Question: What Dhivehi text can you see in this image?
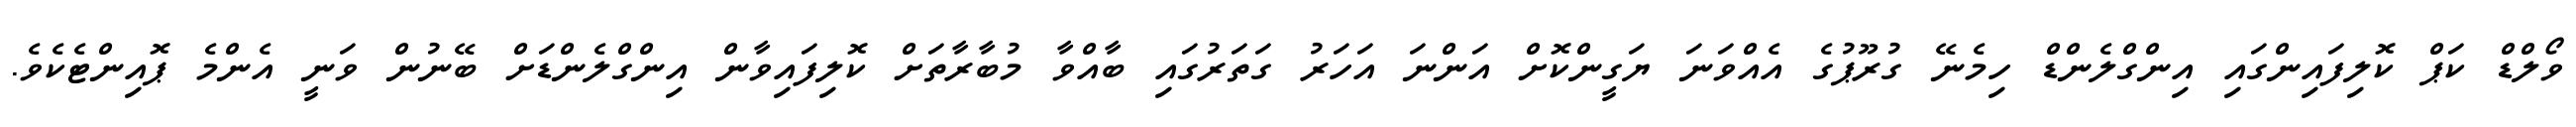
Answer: ވޯލްޑް ކަޕް ކޮލިފައިންގައި އިންގްލެންޑް ހިމެނޭ ގުރޫޕުގެ އެއްވަނަ ޔަގީންކޮށް އަންނަ އަހަރު ގަތަރުގައި ބާއްވާ މުބާރާތަށް ކޮލިފައިވާން އިންގްލެންޑަށް ބޭނުން ވަނީ އެންމެ ޕޮއިންޓެކެވެ.